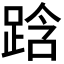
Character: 𮛜